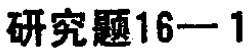
研究题16—1